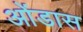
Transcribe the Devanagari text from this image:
ओंडास